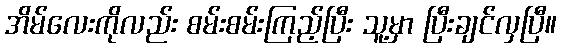
အိမ်လေးကိုလည်း စမ်းစမ်းကြည့်ပြီး သူ့မှာ ပြီးချင်လှပြီ။